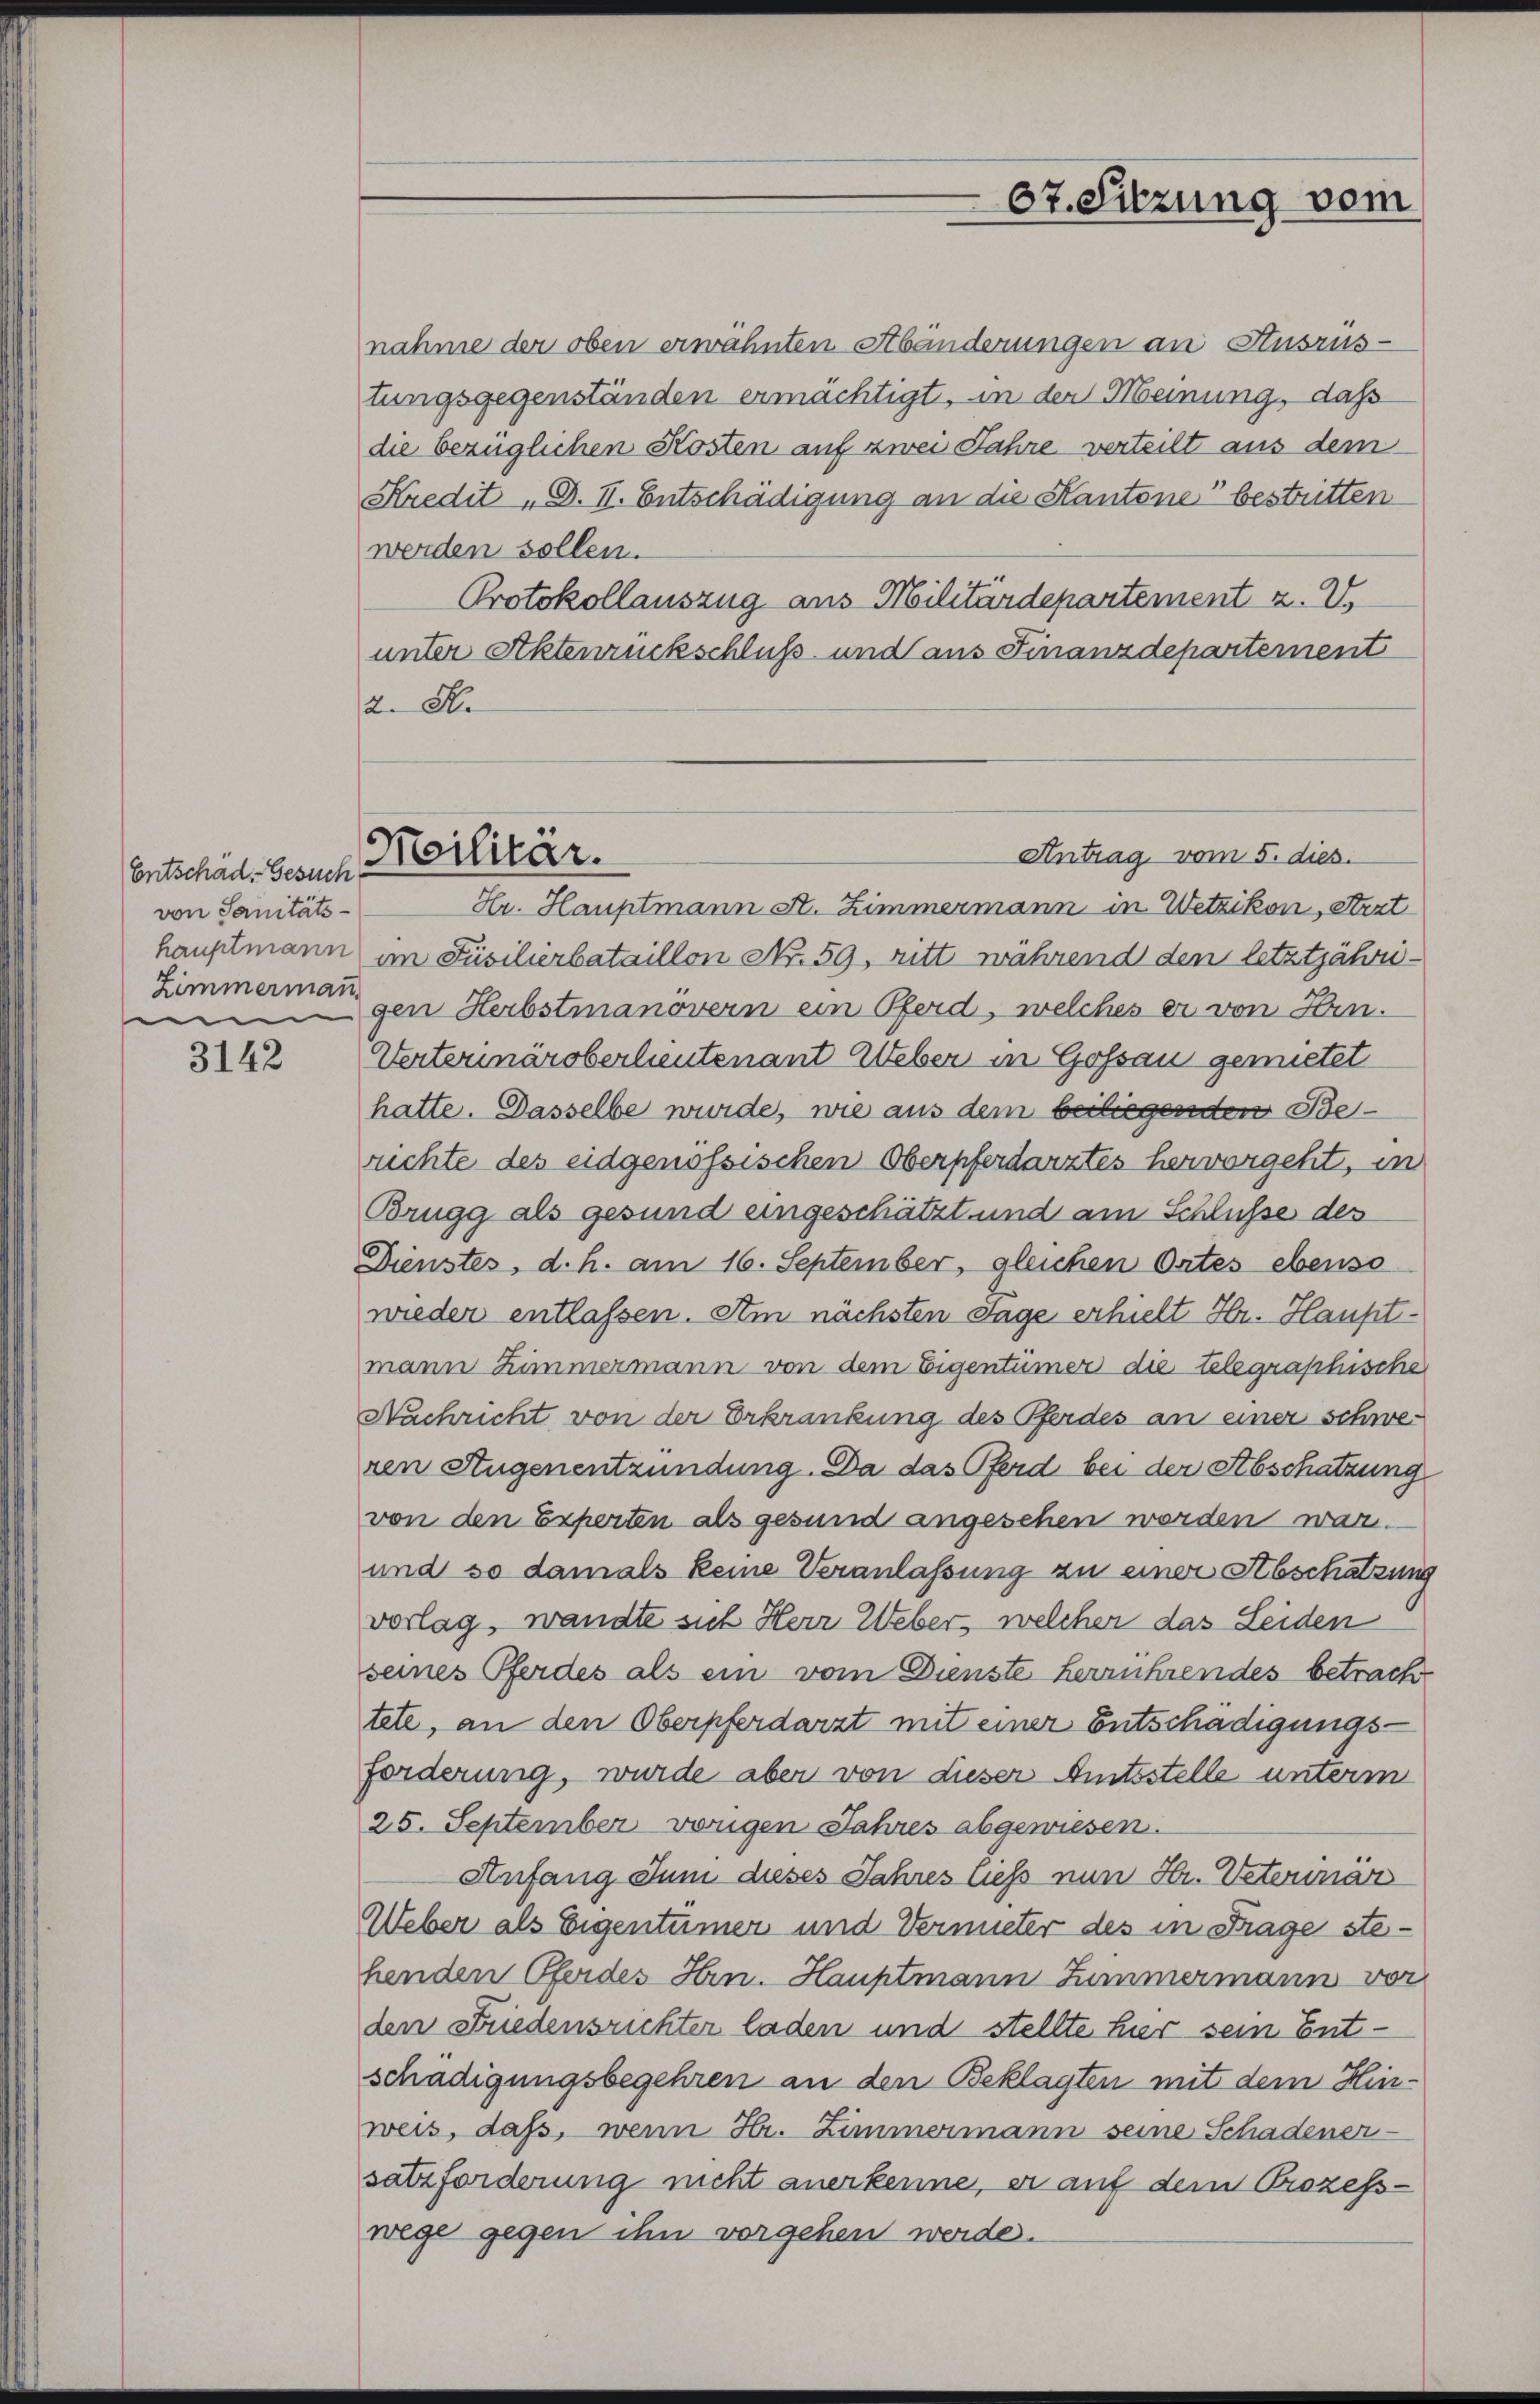
Entschäd. Gesuch
von Sanitäts-
Zimmermann.
i

3142

2. M.

nahme der oben erwähnten Abänderungen an Ausrüs-
tungsgegenständen ermächtigt, in der Meinung, daß
die bezüglichen Kosten auf zwei Jahre verteilt aus dem
Kredit „B. II. Entschädigung an die Kantone bestritten
werden sollen.
Protokollauszug aus Militärdepartement u. V.
unter Aktenrückschluß und aus Finanzdepartement
Antrag vom 5. dies
Hr. Hauptmann St. Zimmermann in Wetzikon, Arzt
hauptmann im Füsilierbataillon Nr. 59, ritt während den letztjährigen Herbstmanövern ein Pferd, welches er von Hrn.
Verterinäroberleutenant Weber in Gossau gemietet
hatte. Dasselbe wurde, wie aus dem beiliegenden Berichte des eidgenössischen Oberpferdarztes hervorgeht, in
Brugg als gesund eingeschätzt und am Schlusse des
Dienstes, d. h. am 16. September, gleichen Ortes ebenso
wieder entlassen. Am nächsten Tage erhielt Hr. Hauptmann Zimmermann von dem Eigentümer die telegraphische
Nachricht von der Erkrankung des Pferdes an einer schweren Augenentzündung. Da das Pferd bei der Abschatzung
von den Experten als gesund angesehen werden war.
und so damals keine Veranlassung zu einer Abschätzung
vorlag, wandte sich Herr Weber, welcher das Leiden
seines Pferdes als ein vom Dienste Herrnhrendes betrachtete, an den Oberpferdarzt mit einer Entschädigungs¬
Forderung, wurde aber von dieser Amtsstelle unterm
25. September vorigen Jahres abgewiesen.
Anfang Juni dieses Jahres liess nun Hr. Veterinär
Weber als Eigentümer und Vermieter des in Frage stehenden Pferdes Hrn. Hauptmann Summermann vor
den Friedensrichter laden und stellte hier sein Entschädigungsbegehren an den Beklagten mit dem Hinweis, daß, wenn Hr. Zimmermann seine Schadener-
satzforderung nicht anerkenne, er auf dem Prozess-
wege gegen ihn vergehen werde.

Militär.

67. Sitzung vom